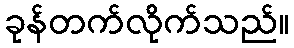
ခုန်တက်လိုက်သည်။